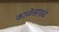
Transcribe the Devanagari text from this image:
काळेसावळे